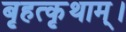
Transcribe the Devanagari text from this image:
बृहत्कृथाम्।